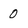
Character: 0